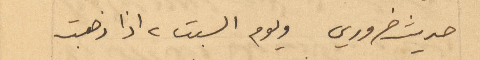
حديث ضروري ويوم السبت ٢ اذا ذهبت